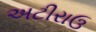
અટીરાઉ